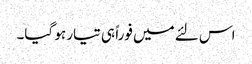
اس لئے میں فوراً ہی تیار ہو گیا۔